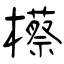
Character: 櫒